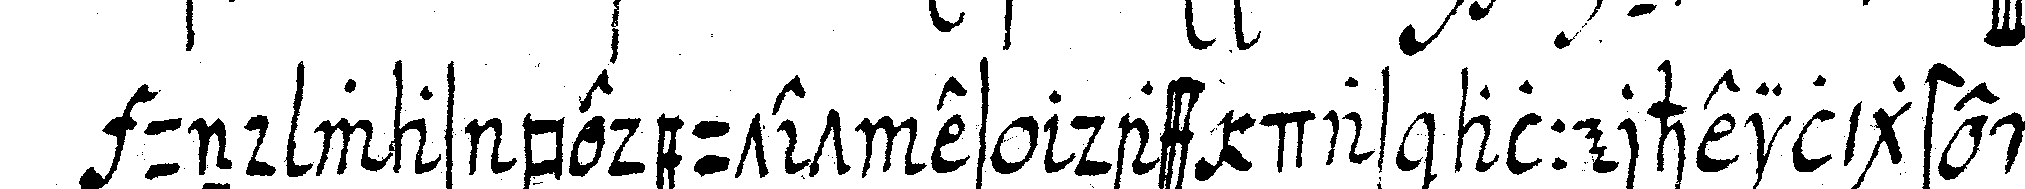
und was bedeutet es dass das allerheiligste